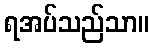
ရအပ်သည်သာ။